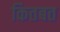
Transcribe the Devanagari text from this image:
कितबत